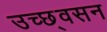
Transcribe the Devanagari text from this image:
उच्छ्वसन